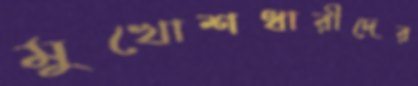
মুখোশধারীদের